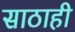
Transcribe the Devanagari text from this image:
साठाही